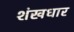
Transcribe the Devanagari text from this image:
शंखधार